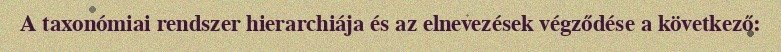
A taxonómiai rendszer hierarchiája és az elnevezések végződése a következő: